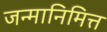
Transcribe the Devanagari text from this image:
जन्मानिमित्त